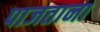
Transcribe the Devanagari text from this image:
पाजताना